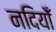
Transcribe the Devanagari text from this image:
नदियोँ